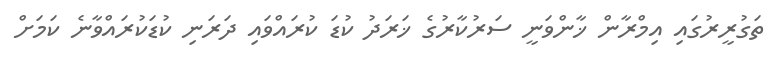
ތަގުރީރުގައި އިމްރާން ޚާންވަނީ ސަރުކާރުގެ ޚަރަދު ކުޑަ ކުރައްވައި ދަރަނި ކުުޑަކުރައްވާނެ ކަމަށް